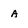
Character: a